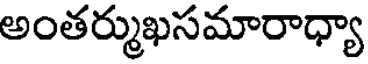
అంతర్ముఖసమారాధ్యా